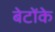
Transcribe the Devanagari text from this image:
बेटोंके